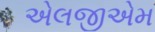
એલજીએમ